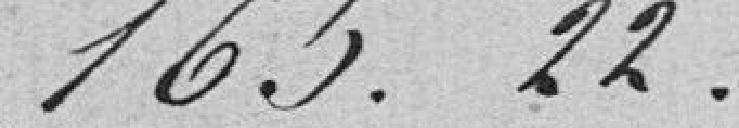
165,22